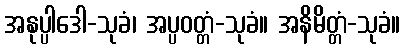
အနုပ္ပါဒေါ-သုခံ၊ အပ္ပဝတ္တံ-သုခံ။ အနိမိတ္တံ-သုခံ။